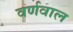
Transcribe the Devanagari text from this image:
वर्णवाल